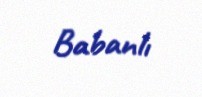
Babanlı